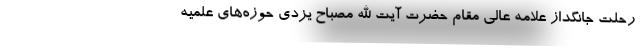
رحلت جانگداز علامه عالی مقام حضرت آیت الله مصباح یزدی حوزه‌های علمیه